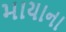
માયાના